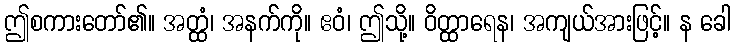
ဤစကားတော်၏။ အတ္ထံ၊ အနက်ကို။ ဧဝံ၊ ဤသို့။ ဝိတ္ထာရေန၊ အကျယ်အားဖြင့်။ န ခေါ